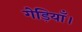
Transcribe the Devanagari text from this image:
गेड़ियाँ।